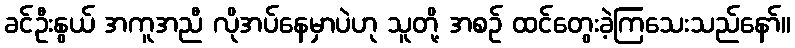
ခင်ဦးနွယ် အကူအညီ လိုအပ်နေမှာပဲဟု သူတို့ အစဉ် ထင်တွေးခဲ့ကြသေးသည်နော်။